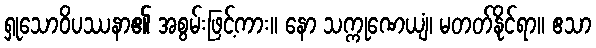
ရှုသောဝိပဿနာ၏ အစွမ်းဖြင့်ကား။ နော သက္ကုဏေယျံ၊ မတတ်နိုင်ရာ။ ဧသာ